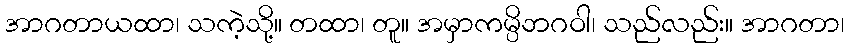
အာဂတာယထာ၊ သကဲ့သို့။ တထာ၊ တူ။ အမှာကမ္ပိဘဂဝါ၊ သည်လည်း။ အာဂတာ၊